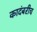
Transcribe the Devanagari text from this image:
कादंबरीच